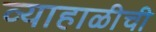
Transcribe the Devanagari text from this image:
व्याहाळीची